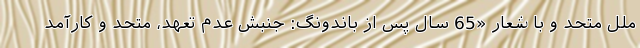
ملل متحد و با شعار «65 سال پس از باندونگ: جنبش عدم تعهد، متحد و کارآمد